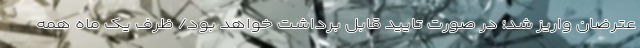
عترضان واریز شد؛ در صورت تایید قابل برداشت خواهد بود/ ظرف یک ماه همه